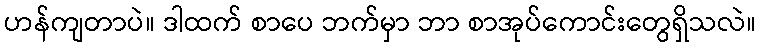
ဟန်ကျတာပဲ။ ဒါထက် စာပေ ဘက်မှာ ဘာ စာအုပ်ကောင်းတွေရှိသလဲ။